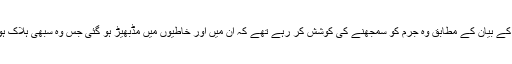
پولیس کے بیان کے مطابق وہ جرم کو سمجھنے کی کوشش کر رہے تھے کہ ان میں اور خاطیوں میں مڈبھیڑ ہو گئی جس وہ سبھی ہلاک ہو گئے۔